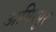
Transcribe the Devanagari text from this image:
अमिरपुर